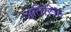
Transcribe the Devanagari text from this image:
अतिस्क्ति